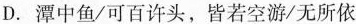
D.潭中鱼/可百许头，皆若空游/无所依